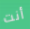
أنت